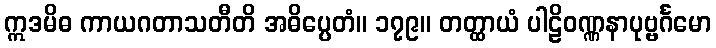
ဣဒမိဓ ကာယဂတာသတီတိ အဓိပ္ပေတံ။ ၁၇၉။ တတ္ထာယံ ပါဠိဝဏ္ဏနာပုဗ္ဗင်္ဂမော